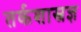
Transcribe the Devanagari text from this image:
तर्कशास्त्रज्ञ